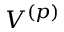
V ^ { ( p ) }